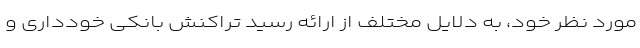
مورد نظر خود، به دلایل مختلف از ارائه رسید تراکنش بانکی خودداری و